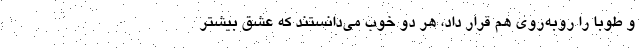
و طوبا را روبه‌روی هم قرار داد، هر دو خوب می‌دانستند که عشق بیشتر